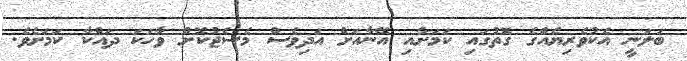
ބަލަނީ އެކުވެރިޔެއްގެ ގޮތުގައި ކަމަށާއި އޭނާއަށް އަދިވެސް މެސެޖުކޮށް ވާހަކަ ދައްކާ ކަމަށެވެ.